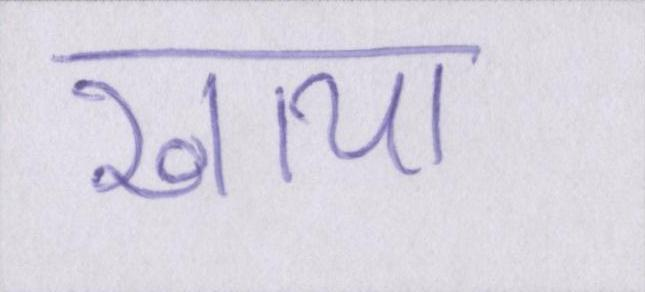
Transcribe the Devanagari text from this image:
खाया